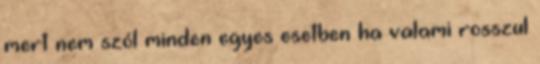
mert nem szól minden egyes esetben ha valami rosszul